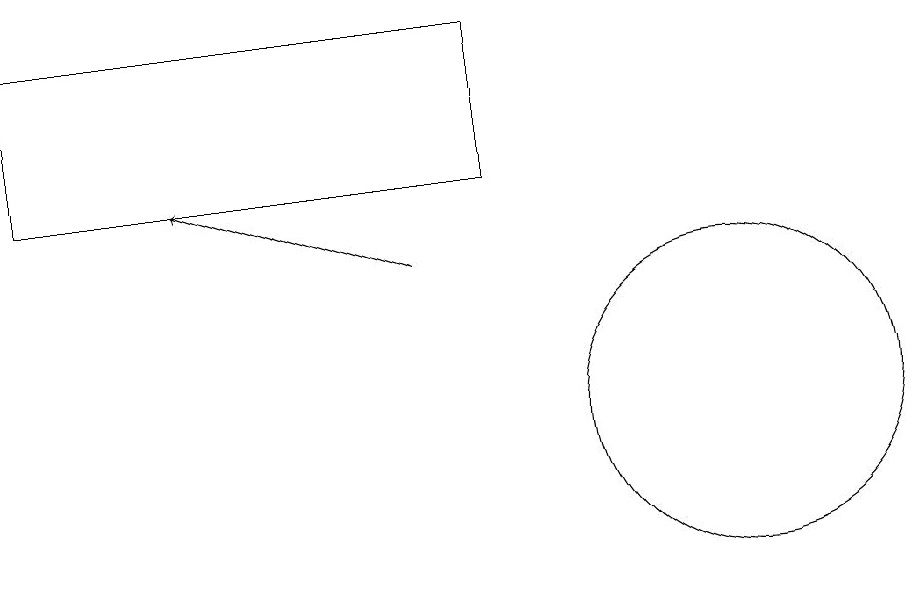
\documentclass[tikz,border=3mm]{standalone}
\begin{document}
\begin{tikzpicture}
\draw[->] (6,13) -- (3,14);
\draw (10,11) circle (2);
\draw (7,14) rectangle (1,16);
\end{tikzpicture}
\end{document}